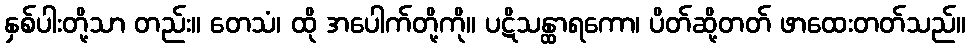
နှစ်ပါးတို့သာ တည်း။ တေသံ၊ ထို အပေါက်တို့ကို။ ပဋိသန္ထာရကော၊ ပိတ်ဆို့တတ် ဖာထေးတတ်သည်။